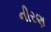
નીરણ